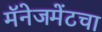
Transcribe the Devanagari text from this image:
मॅनेजमेंटचा